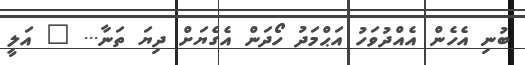
ބުނި އެހެން އެއްދުވަހު އަޙްމަދު ހޯދަން އެގެޔަށް ދިޔަ ތަނާ... " އަލީ